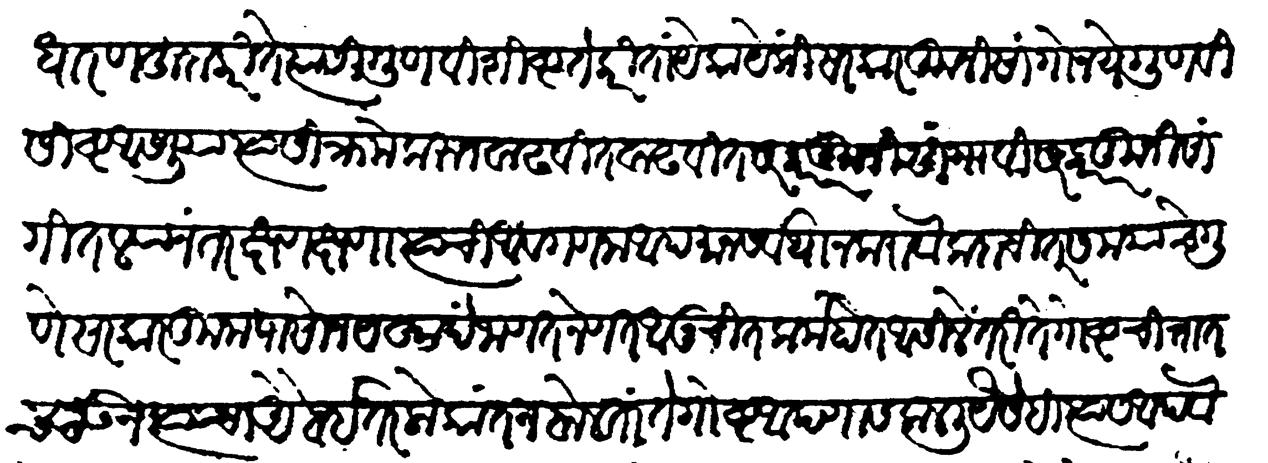
Transliteration (Devanagari): साधारण हुदा करितें त्यासी गुणविशिष्टतेकरितां येकायेकी सरकारकुनी सांगो नये गुणविशिष्ट आसलिया त्यासी क्रमेंकरुन वाढवीत वाढवीत सरकारकुनी सांगावी सरकारकुनी सांगितल्यानंतर क्षणक्षणा त्याची आवगणना अपमान सर्वथा न करावा कदाचित् समयाचे गुणें सरकारकुनापासोन यखादे जाणत नेणत आनुचित कर्म होत आसिलें तरी ते गोष्ट चित्तांतच ठेऊन त्याचा ऐब इतर लोकांत न बोलतां ते गोष्ट आपणांस कळली यैसेंहि त्यास आथवा